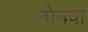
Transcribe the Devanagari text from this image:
नोनवा